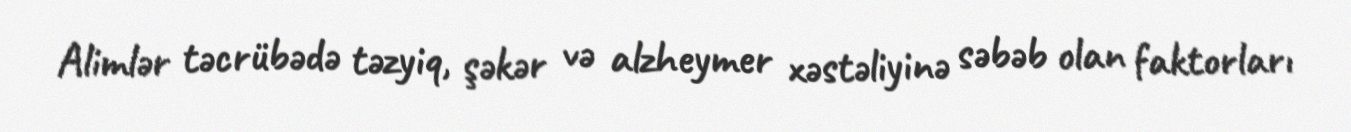
Alimlər təcrübədə təzyiq, şəkər və alzheymer xəstəliyinə səbəb olan faktorları